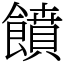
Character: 饙